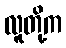
လူတို့က